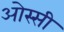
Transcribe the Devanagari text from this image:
ओस्सी